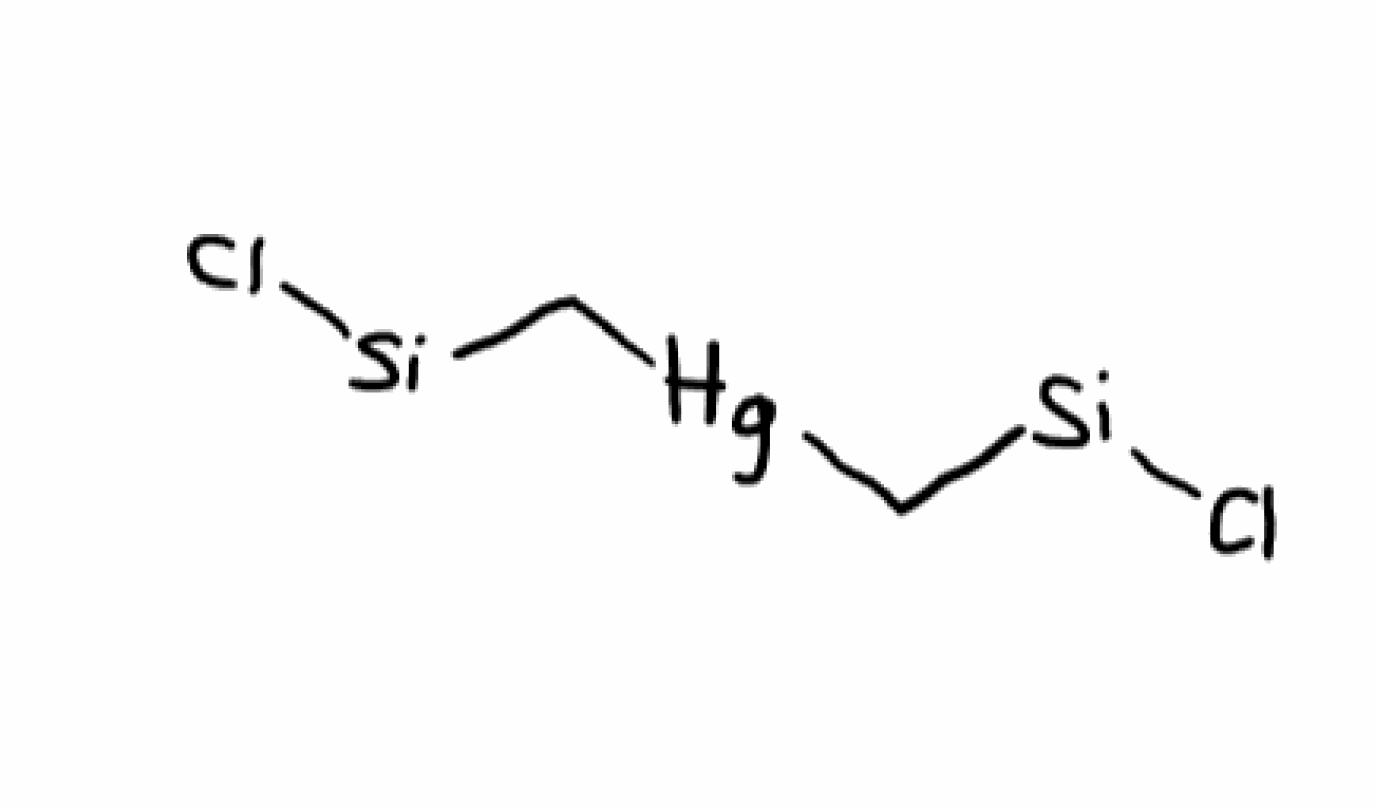
Simplified molecular-input line-entry system (SMILES) notation of the given molecule:
C([Si]Cl)[Hg]C[Si]Cl